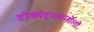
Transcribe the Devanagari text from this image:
टोकोट्रायनोलों